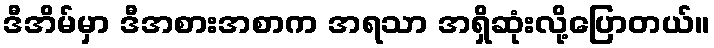
ဒီအိမ်မှာ ဒီအစားအစာက အရသာ အရှိဆုံးလို့ပြောတယ်။